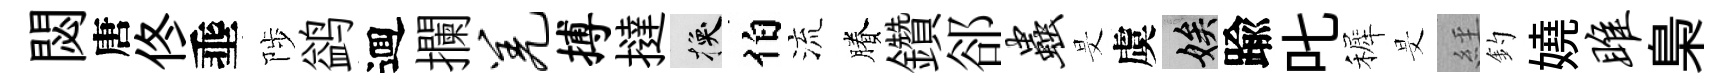
閟唐佟埀陟鹢逥攔羌搏撻换伯流賸鑽郤虫旻虞娭踰叱裤旻𦀇釣嬈雎梟